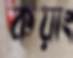
কয়াং